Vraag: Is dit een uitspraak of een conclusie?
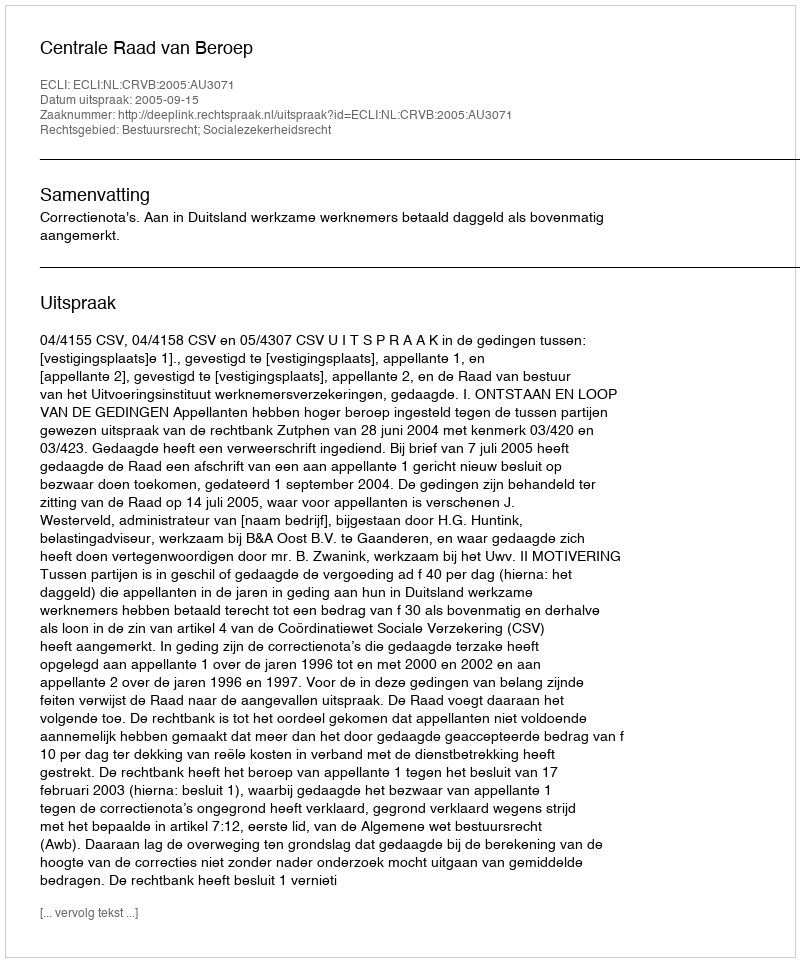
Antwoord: Uitspraak